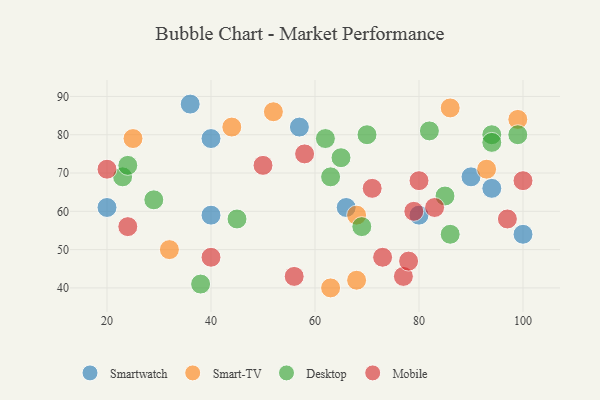
{"axis": {"x": "GDP", "y": "Life Expectancy"}, "legend": ["Desktop", "Mobile", "Smart-TV", "Smartwatch"], "data": [{"x": "66", "y": 61, "type": "Smartwatch"}, {"x": "40", "y": 79, "type": "Smartwatch"}, {"x": "80", "y": 59, "type": "Smartwatch"}, {"x": "40", "y": 59, "type": "Smartwatch"}, {"x": "20", "y": 61, "type": "Smartwatch"}, {"x": "100", "y": 54, "type": "Smartwatch"}, {"x": "90", "y": 69, "type": "Smartwatch"}, {"x": "94", "y": 66, "type": "Smartwatch"}, {"x": "57", "y": 82, "type": "Smartwatch"}, {"x": "36", "y": 88, "type": "Smartwatch"}, {"x": "44", "y": 82, "type": "Smart-TV"}, {"x": "93", "y": 71, "type": "Smart-TV"}, {"x": "86", "y": 87, "type": "Smart-TV"}, {"x": "68", "y": 42, "type": "Smart-TV"}, {"x": "68", "y": 59, "type": "Smart-TV"}, {"x": "32", "y": 50, "type": "Smart-TV"}, {"x": "63", "y": 40, "type": "Smart-TV"}, {"x": "99", "y": 84, "type": "Smart-TV"}, {"x": "25", "y": 79, "type": "Smart-TV"}, {"x": "52", "y": 86, "type": "Smart-TV"}, {"x": "94", "y": 80, "type": "Desktop"}, {"x": "65", "y": 74, "type": "Desktop"}, {"x": "38", "y": 41, "type": "Desktop"}, {"x": "94", "y": 78, "type": "Desktop"}, {"x": "86", "y": 54, "type": "Desktop"}, {"x": "62", "y": 79, "type": "Desktop"}, {"x": "99", "y": 80, "type": "Desktop"}, {"x": "85", "y": 64, "type": "Desktop"}, {"x": "23", "y": 69, "type": "Desktop"}, {"x": "63", "y": 69, "type": "Desktop"}, {"x": "70", "y": 80, "type": "Desktop"}, {"x": "29", "y": 63, "type": "Desktop"}, {"x": "82", "y": 81, "type": "Desktop"}, {"x": "24", "y": 72, "type": "Desktop"}, {"x": "69", "y": 56, "type": "Desktop"}, {"x": "45", "y": 58, "type": "Desktop"}, {"x": "56", "y": 43, "type": "Mobile"}, {"x": "73", "y": 48, "type": "Mobile"}, {"x": "77", "y": 43, "type": "Mobile"}, {"x": "78", "y": 47, "type": "Mobile"}, {"x": "58", "y": 75, "type": "Mobile"}, {"x": "40", "y": 48, "type": "Mobile"}, {"x": "24", "y": 56, "type": "Mobile"}, {"x": "79", "y": 60, "type": "Mobile"}, {"x": "80", "y": 68, "type": "Mobile"}, {"x": "71", "y": 66, "type": "Mobile"}, {"x": "100", "y": 68, "type": "Mobile"}, {"x": "97", "y": 58, "type": "Mobile"}, {"x": "50", "y": 72, "type": "Mobile"}, {"x": "83", "y": 61, "type": "Mobile"}, {"x": "20", "y": 71, "type": "Mobile"}]}